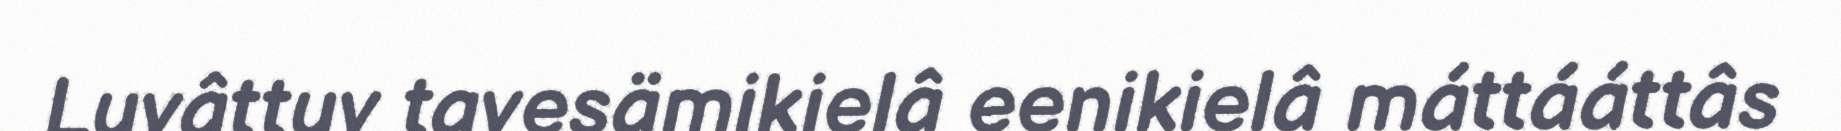
Luvâttuv tavesämikielâ eenikielâ máttááttâs